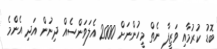
ބޮޑު ކުރުމާއި ވަޒީފާ ނެތް މީހުންނަށް 2000 އެލަވަންސެއް ދިނުން އަދި އެންމެ